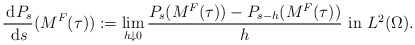
\begin{align*}\frac{\,\mathrm{d}P_{s}}{\,\mathrm{d}s}(M^{F}(\tau )):=\lim_{h\downarrow 0}\frac{P_{s}(M^{F}(\tau ))-P_{s-h}(M^{F}(\tau ))}{h}~\mbox{in $L^2(\Omega)$}.\end{align*}